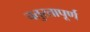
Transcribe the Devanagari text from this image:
चतुरतापूर्ण